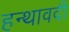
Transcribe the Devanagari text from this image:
हन्थावदी